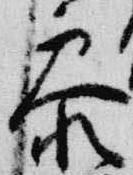
参